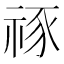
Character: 𥙮